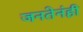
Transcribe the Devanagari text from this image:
जनतेनंही